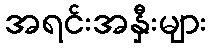
အရင်းအနှီးများ